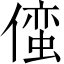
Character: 𫣢